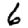
Digit: 6